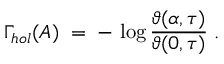
\Gamma _ { h o l } ( A ) \; = \; - \, \log \frac { \vartheta ( \alpha , \tau ) } { \vartheta ( 0 , \tau ) } \; .